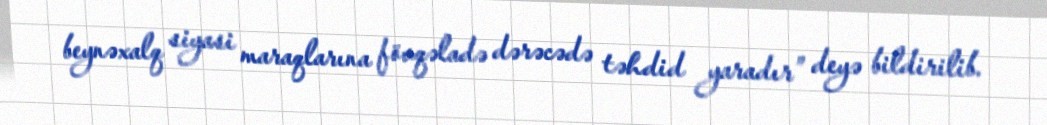
beynəxalq siyasi maraqlarına fövqəladə dərəcədə təhdid yaradır” deyə bildirilib.